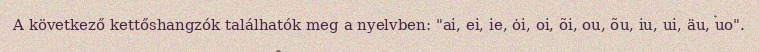
A következő kettőshangzók találhatók meg a nyelvben: "ai, ei, ie, ȯi, oi, õi, ou, õu, iu, ui, äu, uo".